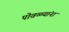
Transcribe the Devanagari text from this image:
पोवळ्यांना